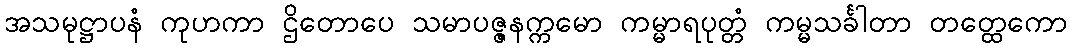
အသမုဋ္ဌာပနံ ကုဟကာ ဌိတောပေ သမာပဇ္ဇနက္ကမော ကမ္မာရပုတ္တံ ကမ္မသင်္ခါတာ တတ္ထေကော